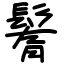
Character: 鬌